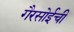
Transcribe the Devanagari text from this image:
गैरसोईची